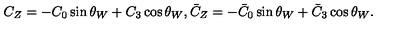
C _ { Z } = - C _ { 0 } \sin \theta _ { W } + C _ { 3 } \cos \theta _ { W } , { \bar { C } } _ { Z } = - { \bar { C } } _ { 0 } \sin \theta _ { W } + { \bar { C } } _ { 3 } \cos \theta _ { W } .